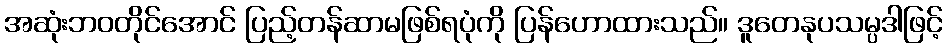
အဆုံးဘဝတိုင်အောင် ပြည့်တန်ဆာမဖြစ်ရပုံကို ပြန်ဟောထားသည်။ ဒူတေနုပသမ္ပဒါဖြင့်